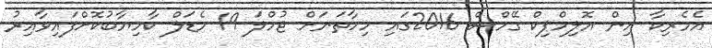
އެމެރިކާ އިން އޮލިމްޕިކް ގޭމްސް 2016ގައި މިހާތަނަށް ޖުމްލަ 19 މެޑަލް ކާމިޔާބުކޮށްފައިވާއިރު